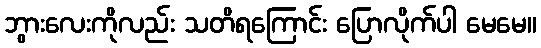
ဘွားလေးကိုလည်း သတိရကြောင်း ပြောလိုက်ပါ မေမေ။